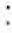
l